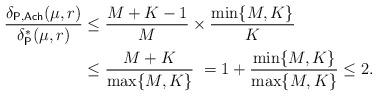
LaTeX: \begin{align*}\frac{\delta_{\mathsf{P,Ach}}(\mu,r)}{\delta_{\mathsf{P}}^*(\mu,r)} &\leq \frac{M+K-1}{M} \times \frac{\min\{M,K\}}{K} \\ & \leq \frac{M+K}{\max\{M,K\}} ~= 1 + \frac{\min\{M,K\}}{\max\{M,K\}} \leq 2.\end{align*}